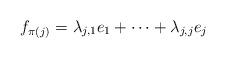
LaTeX: \begin{align*} f_{\pi(j)} = \lambda_{j,1} e_{1} + \cdots + \lambda_{j,j} e_j \end{align*}